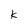
Character: k